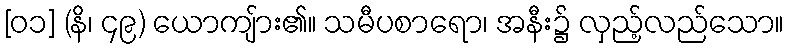
[၀၁] (နိ၊ ၄၉) ယောကျ်ား၏။ သမီပစာရော၊ အနီး၌ လှည့်လည်သော။